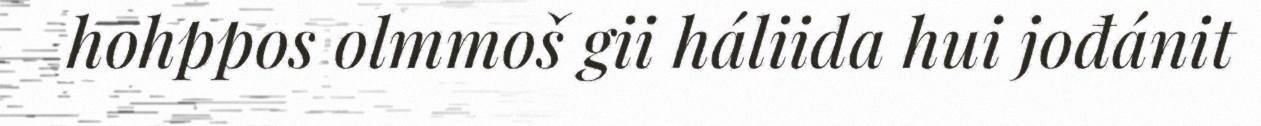
hohppos olmmoš gii háliida hui jođánit